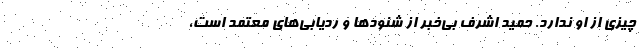
چیزی از او ندارد. حمید اشرف بی‌خبر از شنودها و ردیابی‌های معتمد است،